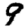
Digit: 9